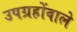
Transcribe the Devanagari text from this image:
उपग्रहोंवाले